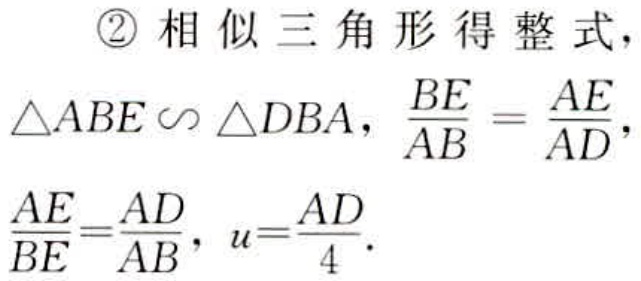
\begin{align*}

&\textcircled{2}\ 相似三角形得整式,\\

&\triangle ABE\backsim\triangle DBA,\ \frac{BE}{AB}=\frac{AE}{AD},\\

&\frac{AE}{BE}=\frac{AD}{AB},\ u = \frac{AD}{4}.

\end{align*}